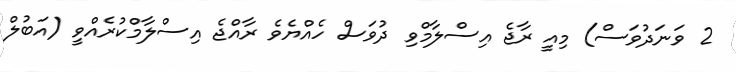
2 ވަނަދުވަސް) މިއީ ރާޖެ އިސްލާމްވި ދުވަސް ހެއްޔެވެ ރާއްޖެ އިސްލާމްކުރެއްވީ (އަބުލް